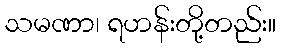
သမဏာ၊ ရဟန်းတို့တည်း။